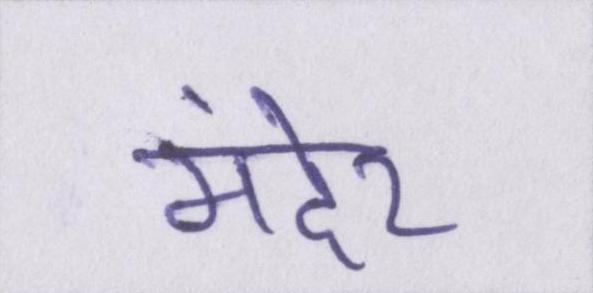
मंदेर